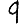
Digit: 9